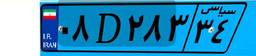
۰۸D۲۸۳۳۴